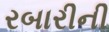
રબારીની